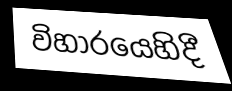
විහාරයෙහිදී